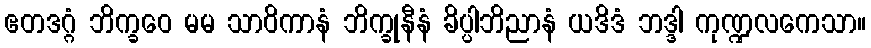
ဧတဒဂ္ဂံ ဘိက္ခဝေ မမ သာဝိကာနံ ဘိက္ခုနီနံ ခိပ္ပါဘိညာနံ ယဒိဒံ ဘဒ္ဒါ ကုဏ္ဍလကေသာ။